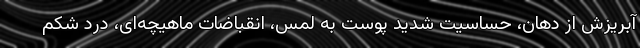
آبریزش از دهان، حساسیت شدید پوست به لمس، انقباضات ماهیچه‌ای، درد شکم